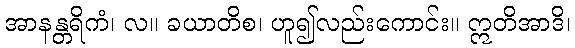
အာနန္တရိကံ၊ လ။ ခယာတိစ၊ ဟူ၍လည်းကောင်း။ ဣတိအာဒိ၊